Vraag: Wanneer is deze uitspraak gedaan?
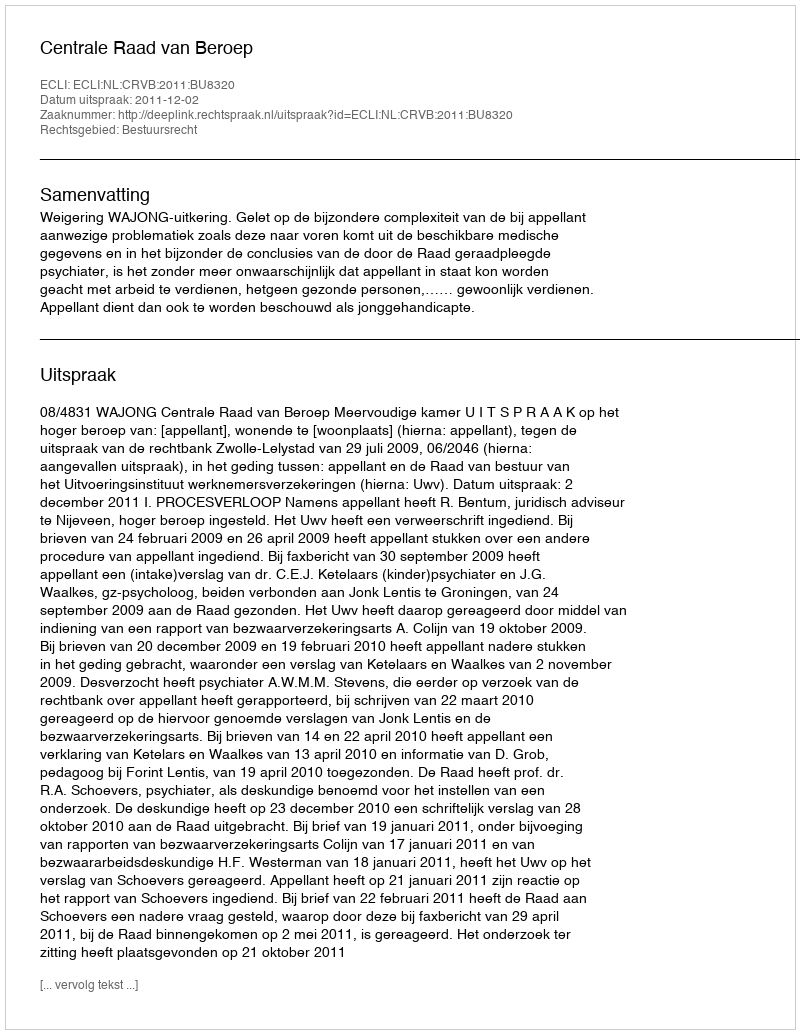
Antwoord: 2011-12-02